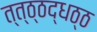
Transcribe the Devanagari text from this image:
त्त्ठ्ठद्धठ्ठ